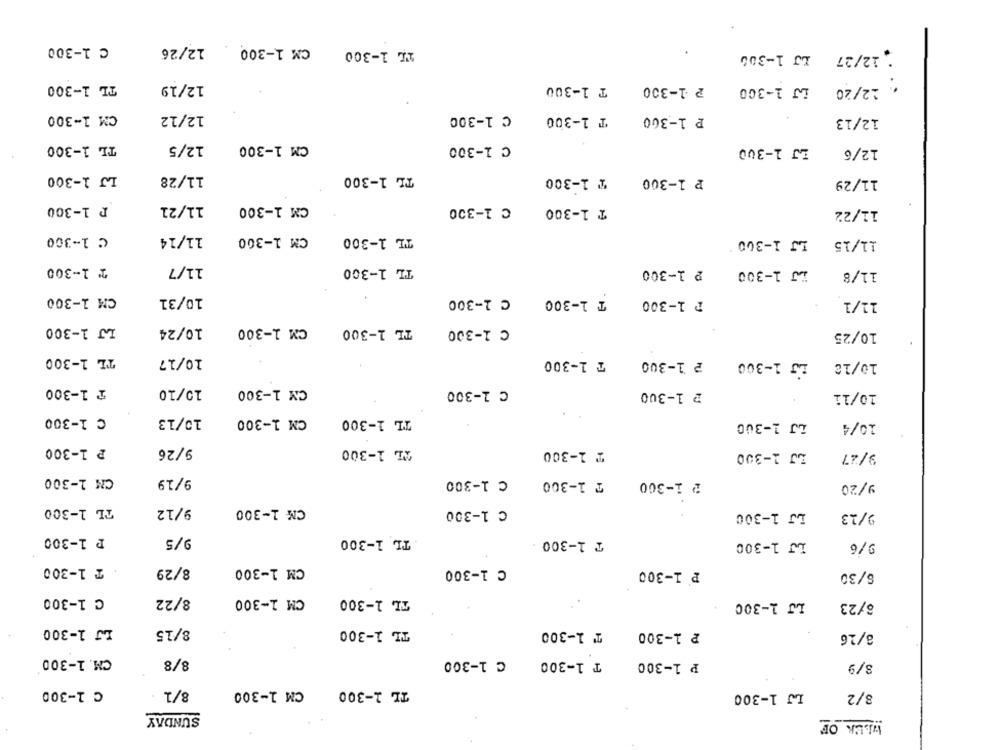
C 1-300
12/26
CM 1-300
TL 1-300
:12/27 LJ 1-300
TL 1-300
12/19
T 1-300
₽ 1-300
12/20 LJ 1-300
CM 1-300
12/12
C 1-300
T 1-300
P 1-300
12/13
TL 1-300
12/5
CM 1-300
C 1-300
LJ 1-300
12/6
LJ 1-300
11/28
TL 1-300
₱ 1-300
₽ 1-300
11/29
₪ 1-300
11/21
CM 1-300
C 1-300
T 1-300
11/22
C 1-300
11/14
CM 1-300
TL 1-300
LJ 1-300
11/15
₸ 1-300
11/7
TL 1-300
2 1-300
DJ 1-300
11/8
CM 1-300
10/31
C 1-300
T 1-300
₱ 1-300
11/1
LJ 1-300
10/24
CM 1-300
TL 1-300
C 1-300
10/25
TL 1-300
10/17
₸ 1-300
₽ 1-300
LS 1-300
10/18
₸ 1-300
10/10
CM 1-300
c 1-300
≥ 1-300
10/11
C 1-300
10/13
CM 1-300
TL 1-300
LJ 1-300
10/4
₱ 1-300
9/26
TL 1-300
₸ 1-300
LJ 1-300
9/27
CM 1-300
9/19
C 1-300
₸ 1-300
₽ 1-300
9/20
TL 1-300
9/12
CM 1-300
C 1-300
LJ 1-300
9/23
₽ 1-300
9/5
TL 1-300
₸ 1-300
LJ 1-300
9/6
. T 1-300
8/29
CM 1-300
C 1-300
₽ 1-300
6/30
C 1-300
8/22
CM 1-300
TL 1-300
LJ 1-300
6/23
LJ 1-300
8/15
TL 1-300
T 1-300
₽ 1-300
3/16
CM. 1-300
8/8
C 1-300
T 1-300
₱ 1-300
8/9
CM 1-300
TL 1-300
C 1-300
8/1
LJ 1-300
8/2
SUNDAY
WEEK OF